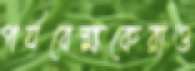
পর্যবেক্ষকেরাও